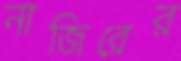
নাজিরের